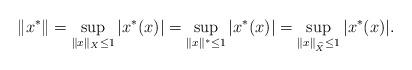
LaTeX: \begin{align*}\|x^*\| = \sup_{\|x\|_X\leq 1}|x^*(x)|=\sup_{\|x\|^*\leq 1}|x^*(x)|= \sup_{\|x\|_{\widehat{X}}\leq 1}|x^*(x)|.\end{align*}